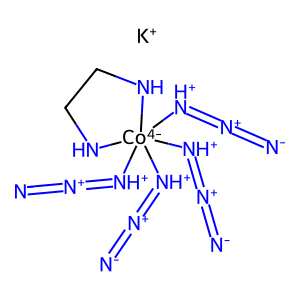
SMILES: [K+].[N-]=[N+]=[NH+][Co-4]1([NH+]=[N+]=[N-])([NH+]=[N+]=[N-])([NH+]=[N+]=[N-])NCCN1
Inhibits HIV replication: No